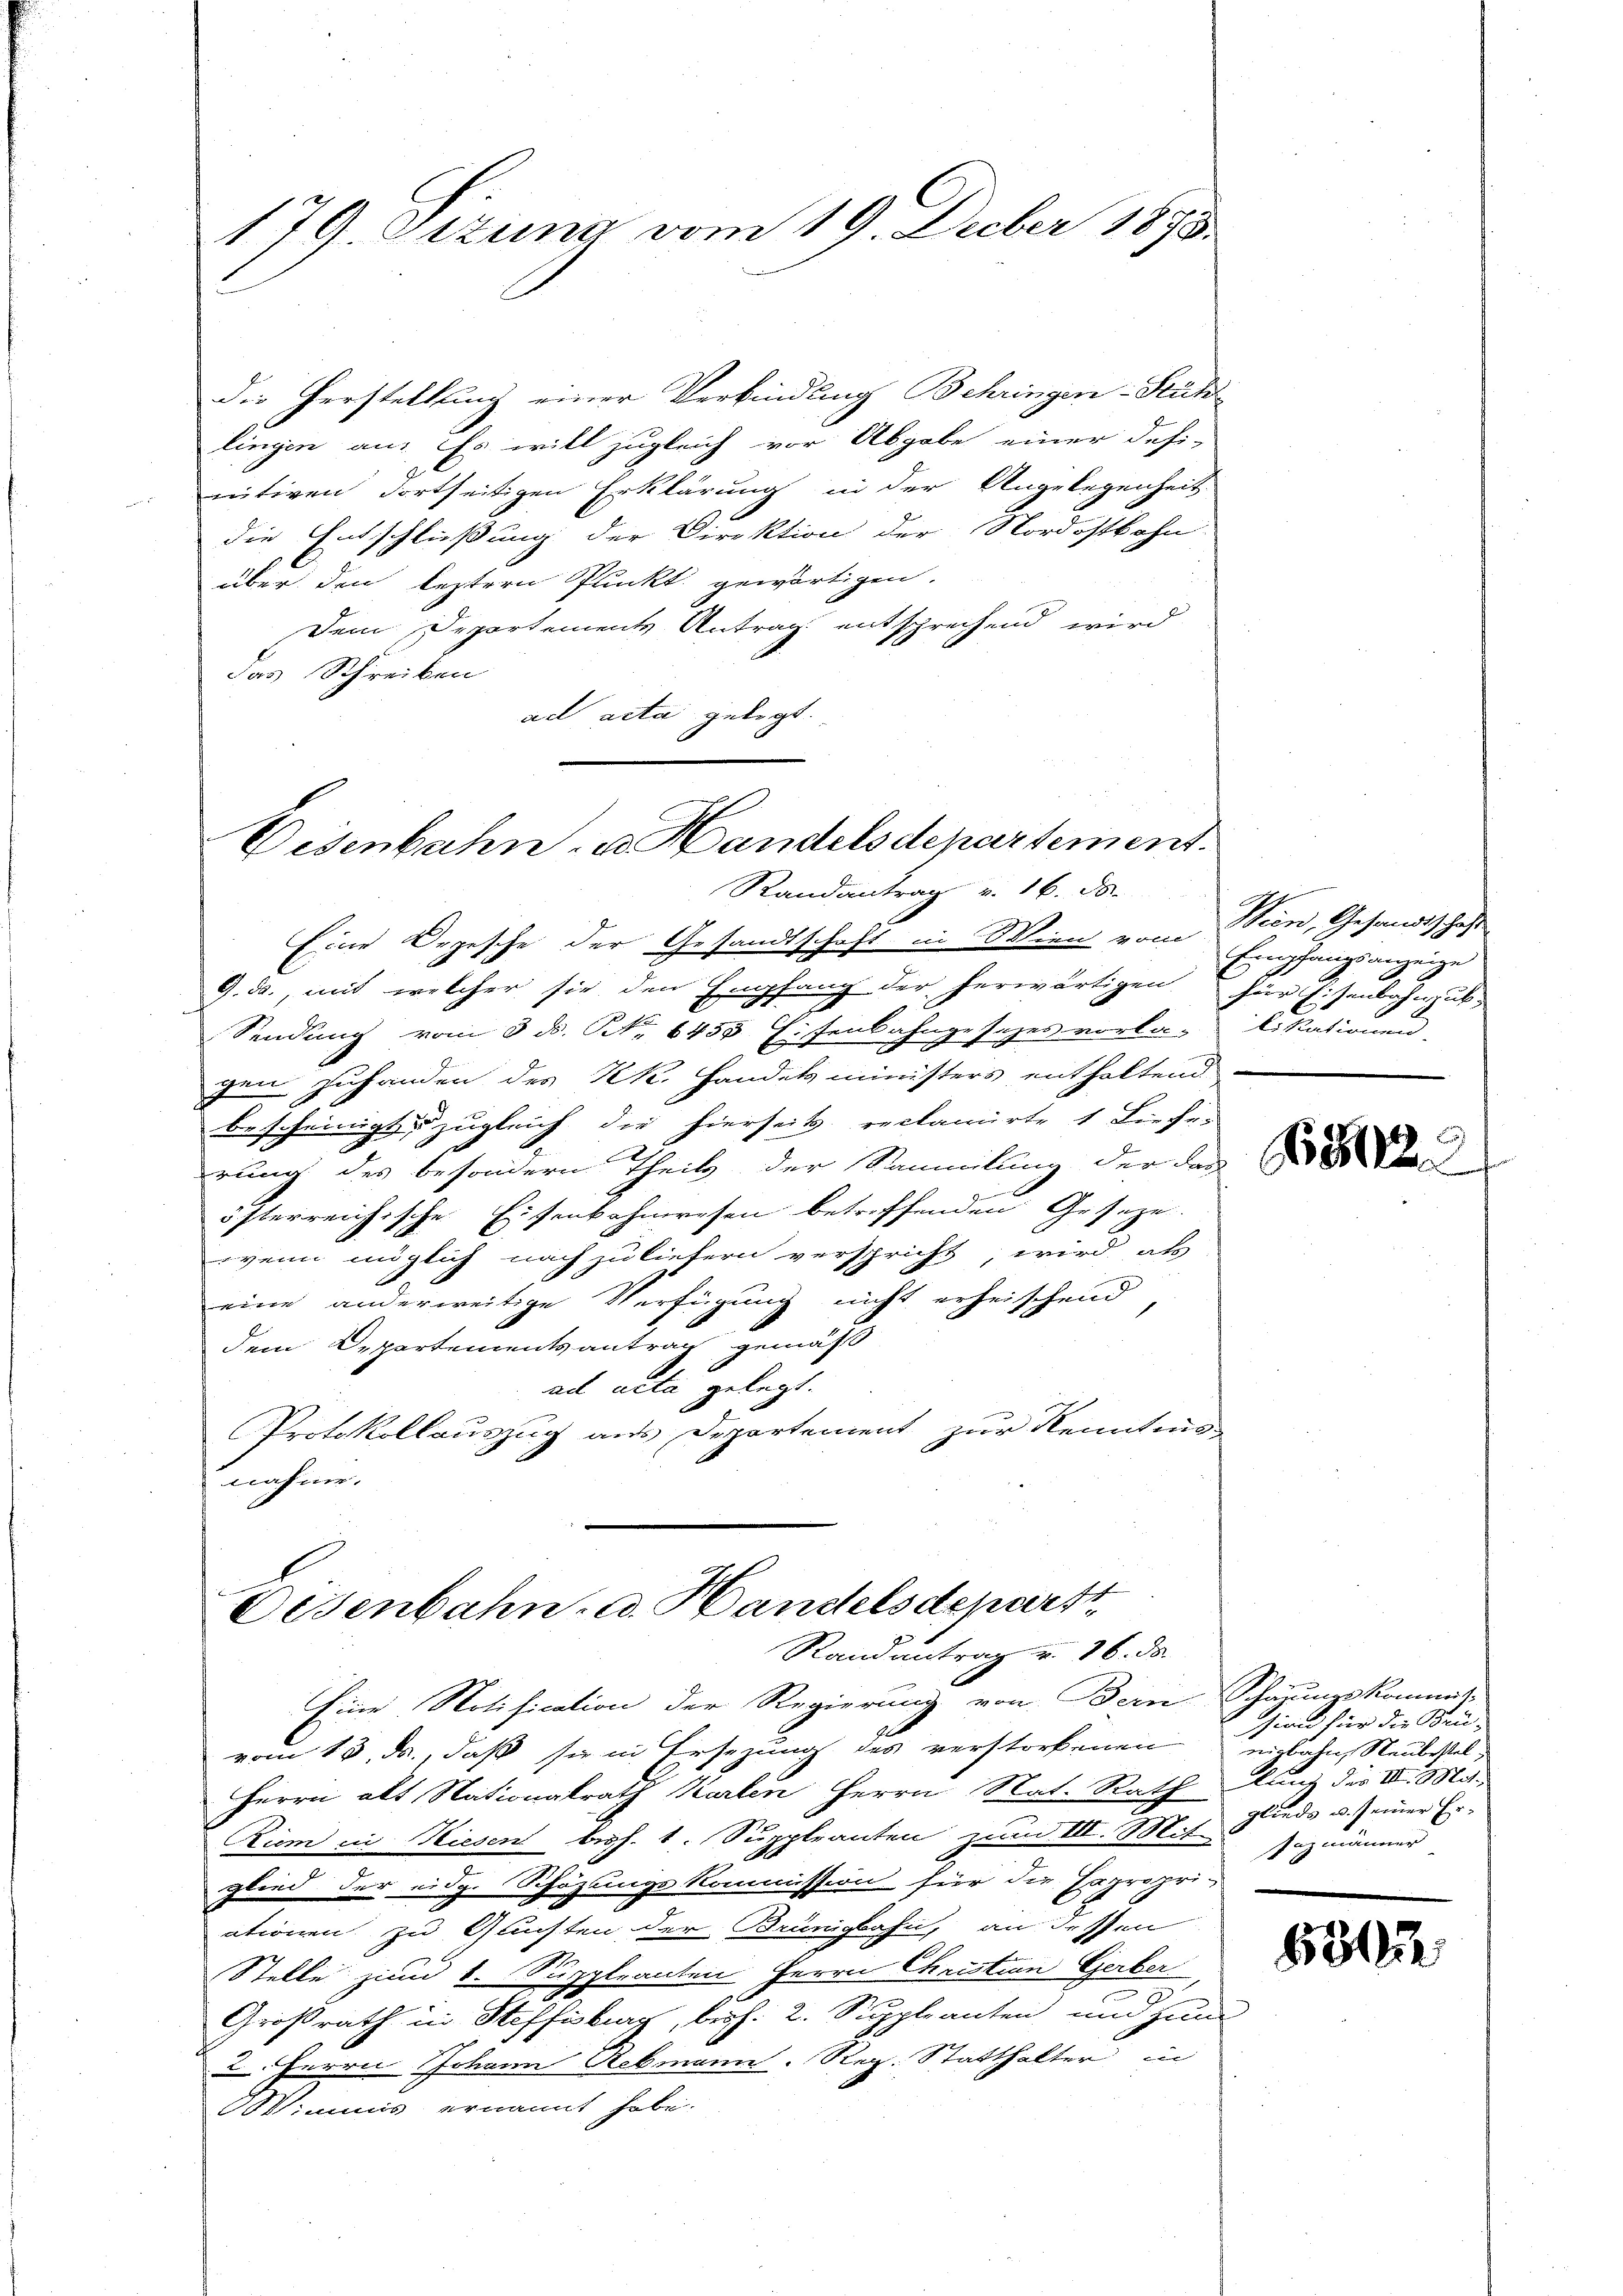
179 Ottum vom 19. Decber 1875.

die Herstellung einer Verbindung Behringen Stüh
lingen an: Es will zugleich vor Abgabe einer defi-
nitiven dortseitigen Erklärung in der Angelegenheit
die Entschlüßung der Direktion der Nordostbahn-
über den leztern Punkt gewärtigen.
Dem Departements Antrag entsprechend wird
das Schreiben
ad acta gelegt.

Eisenbahn- u. Handelsdepartement.
Randantrag v. 16. ds.

Eine Orgesche der Gesandtschaft in Wien vom Wien, Gesandtschaft
9. ds., mit welcher sie den Empfang der herwärtigen für Eisenbahnzuk
Sendung vom 3. ds. S. 6455 Eisenbahngesetzes vorla-likationen,
gen zuhanden des kk. Handelsministers enthaltend
bescheinigt zugleich die hierseits reclamirte 1 Liecher
rung des besondern Theils der Sammlung der des
österreichische Eisenbahnwesen betreffenden Gesetze.
wenn möglich nach zu liefern verspricht, wird als
eine anderweitige Verfügung nicht erheischend,
dem Departementsantrag gemäß
ad acta gelegt.
Protokollauszug aus Departement zur Kenntnus
nahme.

Eisenbahn- u. Handelsdepart
Randantrag v. 16. ds.

Eine Notification der Regierung von Bern Schazungskommit-
vom 13. ds., daß sie in Ersezung des verstorbenen eigbahn, Neubestel-
Herrn alt Nationalrath Karten Herrn Nat. Rath auf des III. Mit¬
Ziem in Hiesen bish. v. Suppleanten zum III. Mit Sazmänner
glied der eidg. Schözungskommission für die Expropri-
ationen zu Gluchten der Brünigbahn, an dessen
Stelle zum k. Suppleanten Herrn Christian Gerber
Großrath in Steffisburg, bish. 2. Suppleanten und zum
2. Herrn Johann Rebmann. Reg. Statthalter in
Wimnis ernannt habe.

Empfangsanzeige

sion für die Brü-
glieds u. seiner Er-

181